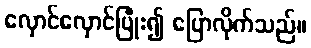
လှောင်လှောင်ပြုံး၍ ပြောလိုက်သည်။